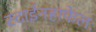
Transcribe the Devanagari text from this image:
स्टाईनहाफेलः